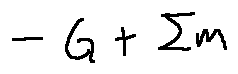
- G + \sum m